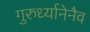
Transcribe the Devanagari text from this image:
गुरुर्ध्यानेनैव